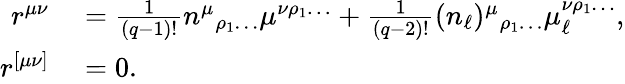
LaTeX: \begin{array}{rl}{r^{\mu\nu}}&{{}=\frac{1}{(q-1)!}n^{\mu}{}_{\rho_{1}\ldots}\mu^{\nu\rho_{1}\ldots}+\frac{1}{(q-2)!}(n_{\ell})^{\mu}{}_{\rho_{1}\ldots}\mu_{\ell}^{\nu\rho_{1}\ldots},}\\ {r^{[\mu\nu]}}&{{}=0.}\end{array}